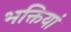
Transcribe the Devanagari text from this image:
भक्तियां